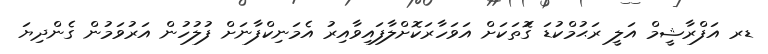
ޑރ އަފްރާޝީމް އަލީ ރަޙުމްކުޑަ ގޮަތަކަށް އަވަހާރަކޮށްލާފައިވާއިރު އެމަނިކްފާނަށް ފުލުހުން އަރުވަމުން ގެންދިޔަ